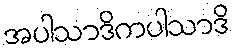
အပါသာဒိကပါသာဒိ